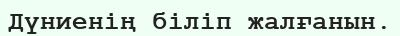
Дүниенің біліп жалғанын.